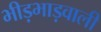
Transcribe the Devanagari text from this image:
भीड़भाड़वाली